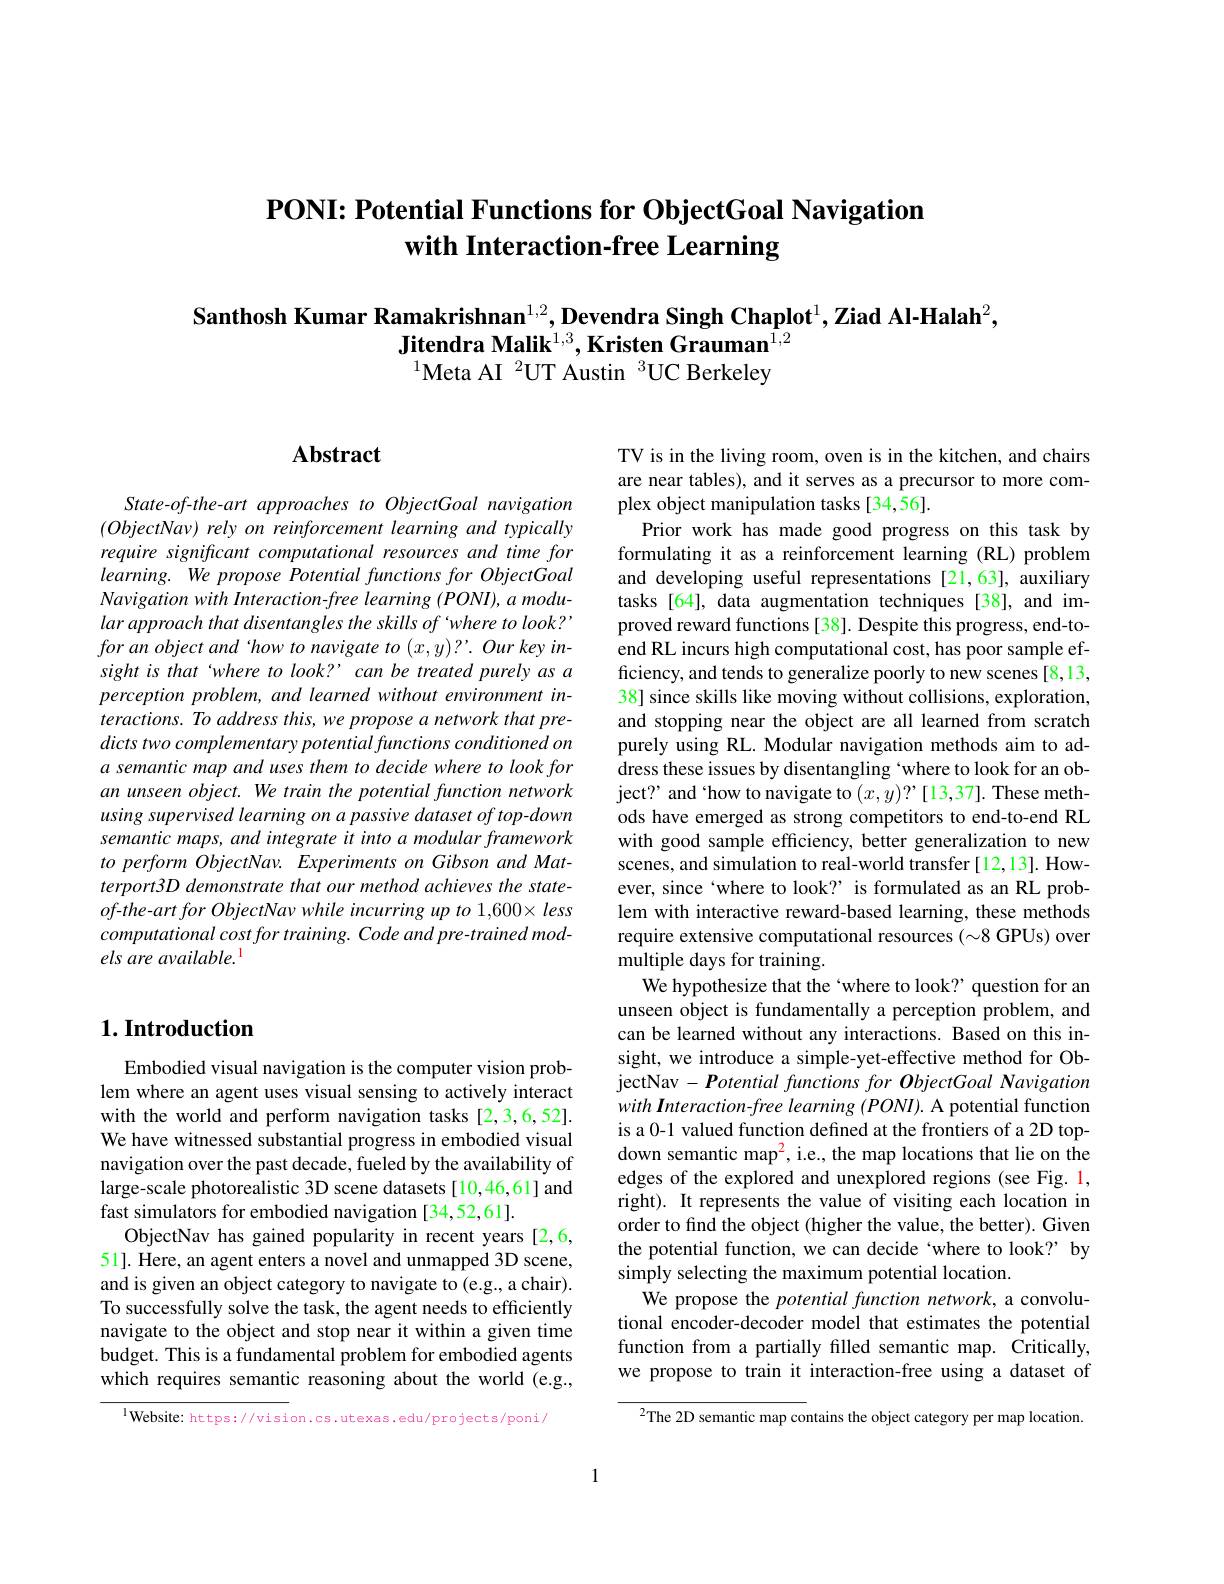
## PONI: Potential Functions for ObjectGoal Navigation with Interaction-free Learning

Santhosh Kumar Ramakrishnan$^{1,2},\textbf{Devendra Singh Chaplot}^1,\textbf{Ziad Al-Halah}^2$,
Jitendra Malik$^{1,3}$,Kristen Grauman$^{1,2}$
$^{1}$Meta AI $^2$UT Austin $^3$UC Berkeley

## $\mathbf{Abstract}$

State-of-the-art approaches to ObjectGoal navigation $( ObjectNav) \textit{rely on reinforcement learning and typically}$ require significant computational resources and time for learning. We propose Potential functions for ObjectGoal $Navigationwith~Interaction-free~learning~(PONI),~a~modu-$ lar approach that disentangles the skills of 'where to look? $for~an~object~and~how~to~navigate~to~(x,y)?'.~Our~key~in-$ sight is that 'where to look? can be treated purely as a perception problem, and learned without environment interactions. To address this, we propose a network that predicts two complementary potential functions conditioned on a semantic map and uses them to decide where to look for an unseen object. We train the potential function network using supervised learning on a passive dataset of top-down semantic maps, and integrate it into a modular framework to perform ObjectNav. Experiments on Gibson and Matterport3D demonstrate that our method achieves the stateof-the-art for ObjectNav while incurring up to 1,600× less computational cost for training. Code and pre- trained models are available. l

## $1. \textbf{Introduction}$

Embodied visual navigation is the computer vision problem where an agent uses visual sensing to actively interact with the world and perform navigation tasks [2,3,6,52]. We have witnessed substantial progress in embodied visual navigation over the past decade, fueled by the availability of large-scale photorealistic 3D scene datasets [10,46,61] and fast simulators for embodied navigation [34,52,61].
ObjectNav has gained popularity in recent years [2,6, 51]. Here, an agent enters a novel and unmapped 3D scene, and is given an object category to navigate to (e.g., a chair). To successfully solve the task, the agent needs to efficiently navigate to the object and stop near it within a given time budget. This is a fundamental problem for embodied agents which requires semantic reasoning about the world (e.g.,

$^{\mathrm{l}}$Website: https://vision.cs.utexas.edu/projects/poni/

TV is in the living room, oven is in the kitchen, and chairs are near tables), and it serves as a precursor to more complex object manipulation tasks [34,56].
Prior work has made good progress on this task by formulating it as a reinforcement learning (RL) problem and developing useful representations [21,63], auxiliary tasks [64], data augmentation techniques[38], and improved reward functions [38]. Despite this progress, end-toend RL incurs high computational cost, has poor sample efficiency, and tends to generalize poorly to new scenes[8,13, 38] since skills like moving without collisions, exploration, and stopping near the object are all learned from scratch purely using RL. Modular navigation methods aim to address these issues by disentangling `where to look for an object? and‘how to navigate to $(x,y)?’[13,37].$ These methods have emerged as strong competitors to end-to-end RL with good sample efficiency, better generalization to new scenes, and simulation to real-world transfer[12,13]. However, since‘where to look?’ is formulated as an RL problem with interactive reward-based learning, these methods require extensive computational resources $(\sim8$ GPUs) over multiple days for training.
We hypothesize that the `where to look? question for an unseen object is fundamentally a perception problem, and can be learned without any interactions. Based on this insight, we introduce a simple-yet-effective method for ObjectNav $-Potential$ functions for ObjectGoal Navigation with Interaction-free learning (PONI). A potential function is a 0-1 valued function defined at the frontiers of a 2D topdown semantic map$^2$, i.e., the map locations that lie on the edges of the explored and unexplored regions (see Fig. l, right). It represents the value of visiting each location in order to find the object (higher the value, the better). Given the potential function, we can decide 'where to look?" by simply selecting the maximum potential location.
We propose the potential function network, a convolutional encoder-decoder model that estimates the potential function from a partially filled semantic map. Critically, we propose to train it interaction-free using a dataset of
${^{2}\mathrm{The~2D~semantic~map~contains~the~object~category~per~map~location.}}$

1